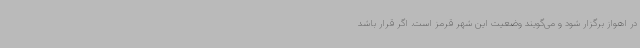
در اهواز برگزار شود و می‌گویند وضعیت این شهر قرمز است. اگر قرار باشد